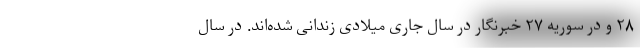
۲۸ و در سوریه ۲۷ خبرنگار در سال جاری میلادی زندانی شده‌اند. در سال